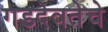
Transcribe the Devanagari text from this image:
गडदेवतेचे